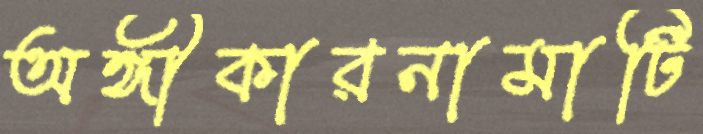
অঙ্গীকারনামাটি